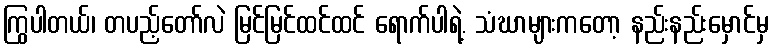
ကြွပါတယ်၊ တပည့်တော်လဲ မြင်မြင်ထင်ထင် ရောက်ပါရဲ့. သံဃာများကတော့ နည်းနည်းမှောင်မှ